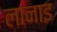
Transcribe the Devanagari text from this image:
लानाइ